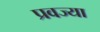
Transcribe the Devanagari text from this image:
प्रवज्या